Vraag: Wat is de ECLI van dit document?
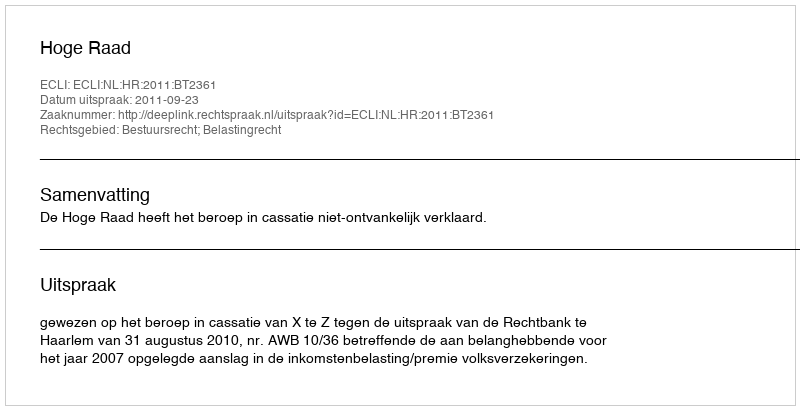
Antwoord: ECLI:NL:HR:2011:BT2361